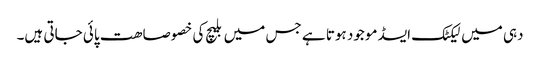
دہی میں لیکٹک ایسڈ موجود ہوتا ہے جس میں بلیچ کی خصوصاھت پائی جاتی ہیں۔